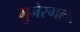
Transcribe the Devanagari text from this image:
मुनेरगला